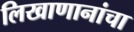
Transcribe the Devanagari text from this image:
लिखाणानांचा